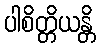
ပါစိတ္တိယန္တိ